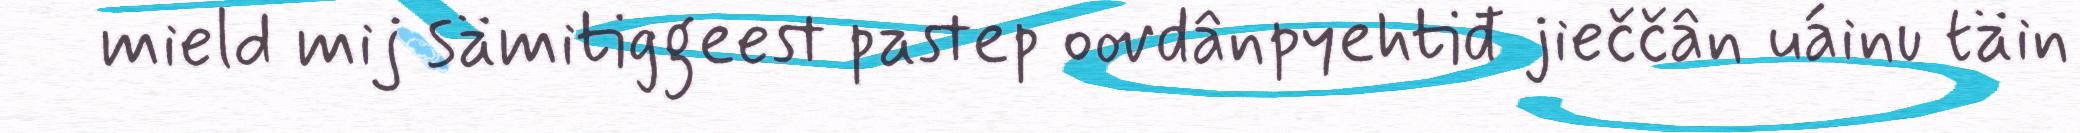
mield mij sämitiggeest pastep oovdânpyehtiđ jieččân uáinu täin